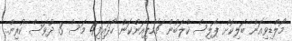
މޯލްޑިވިއަން ބަލިކޮށް ޕޮލިސް ކްލަބުން ޗެމްޕިއަންކަން ހޯދައިފި4 މަސް 3 ދުވަސް ކުރިން.